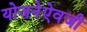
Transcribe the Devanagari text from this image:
योजनेऐवजी